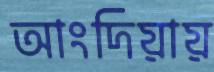
আংদিয়ায়